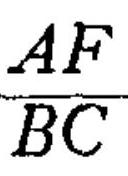
\(\frac{AF}{BC}\)